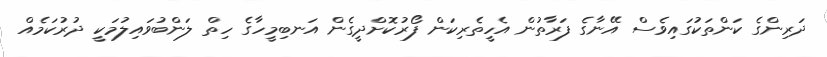
ދަރިންގެ ކަންތަކުގައިވެސް އޭނާގެ ފަރާތުން އެހީތެރިކަން ފޯރުކޮށްދީގެން އަނބިމީހާގެ ހިތް ލަންބުވައިލުމަކީ ދުރުކަމެއް